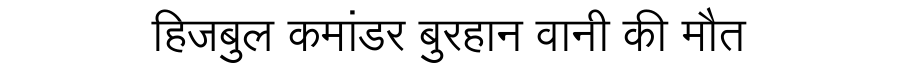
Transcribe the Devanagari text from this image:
हिजबुल कमांडर बुरहान वानी की मौत